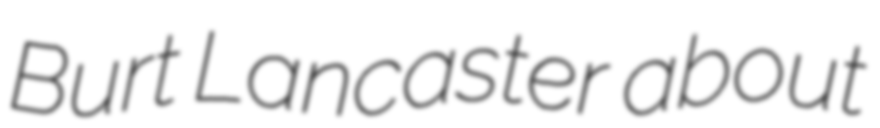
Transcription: Burt Lancaster about